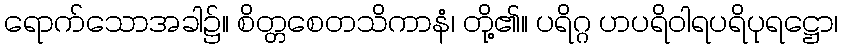
ရောက်သောအခါ၌။ စိတ္တစေတသိကာနံ၊ တို့၏။ ပရိဂ္ဂ ဟပရိဝါရပရိပုရဋ္ဌော၊